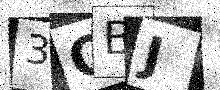
Text: 3OBJ